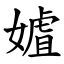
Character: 㜘